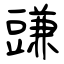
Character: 豏